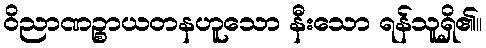
ဝိညာဏဉ္စာယတနဟူသော နီးသော ရန်သူရှိ၏။